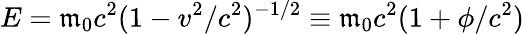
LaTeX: E=\mathfrak{m}_{0}c^{2}(1-v^{2}/c^{2})^{-1/2}\equiv\mathfrak{m}_{0}c^{2}(1+\phi/c^{2})